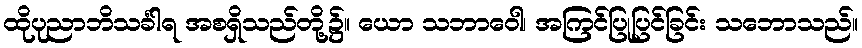
ထိုပုညာဘိသင်္ခါရ အစရှိသည်တို့၌။ ယော သဘာဝေါ၊ အကြင်ပြုပြင်ခြင်း သဘောသည်။